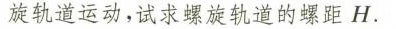
旋轨道运动，试求螺旋轨道的螺距H.